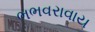
ભભવરાવાય